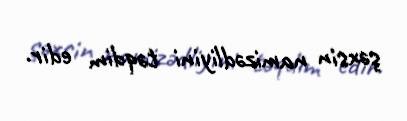
şəxsin namizədliyini təqdim edir.